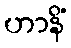
ဟာနိံ